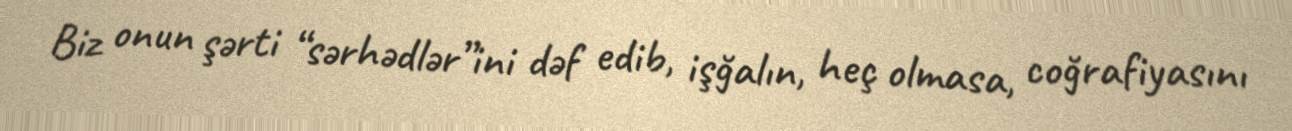
Biz onun şərti “sərhədlər”ini dəf edib, işğalın, heç olmasa, coğrafiyasını